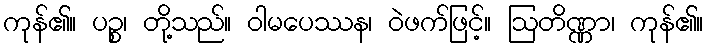
ကုန်၏။ ပဉ္စ၊ တို့သည်။ ဝါမပေဿန၊ ဝဲဖက်ဖြင့်။ ဩတိဏ္ဏာ၊ ကုန်၏။